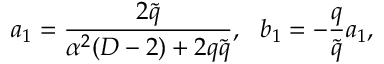
a _ { 1 } = \frac { 2 \tilde { q } } { \alpha ^ { 2 } ( D - 2 ) + 2 q \tilde { q } } , ~ ~ b _ { 1 } = - \frac { q } { \tilde { q } } a _ { 1 } ,